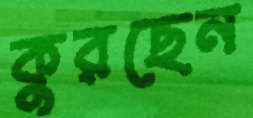
কুরছেন